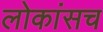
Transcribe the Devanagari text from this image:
लोकांसच